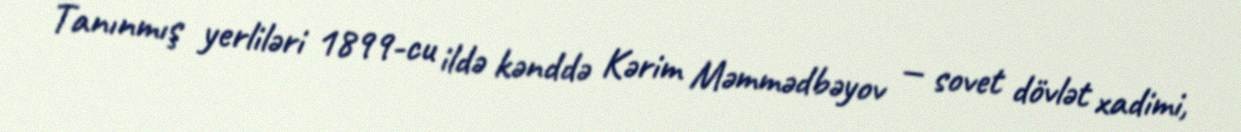
Tanınmış yerliləri 1899-cu ildə kənddə Kərim Məmmədbəyov — sovet dövlət xadimi,